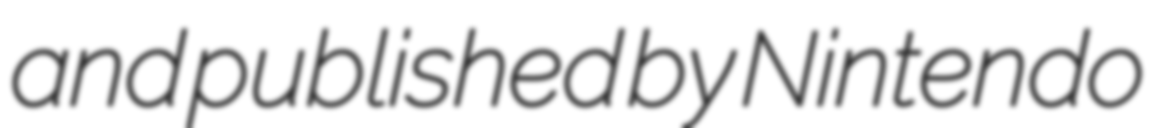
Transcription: and published by Nintendo